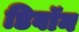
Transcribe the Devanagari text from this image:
डिवॉन